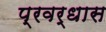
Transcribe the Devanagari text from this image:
प्रवर्धास